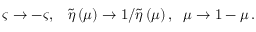
\varsigma \rightarrow - \varsigma , { \LARGE \ \; } \tilde { \eta } \left( \mu \right) \rightarrow 1 / \tilde { \eta } \left( \mu \right) , \; \; \mu \rightarrow 1 - \mu \, .